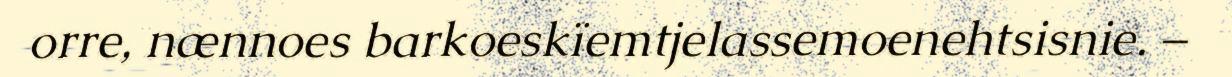
orre, nænnoes barkoeskïemtjelassemoenehtsisnie. –